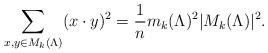
LaTeX: \begin{align*}\sum_{x,y \in M_k(\Lambda)}(x\cdot y)^2 = \dfrac{1}{n} m_k(\Lambda)^2 \lvert M_k(\Lambda)\rvert^2. \end{align*}